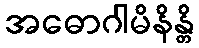
အဓောဂါမိနိန္တိ